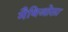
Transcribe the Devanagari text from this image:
मैथिओला